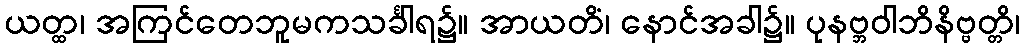
ယတ္ထ၊ အကြင်တေဘူမကသင်္ခါရ၌။ အာယတိံ၊ နောင်အခါ၌။ ပုနဗ္ဘဝါဘိနိဗ္ဗတ္တိ၊